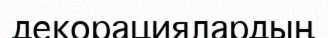
декорациялардың